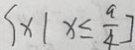
\{ x \vert x \leq \frac { a } { 4 } ]